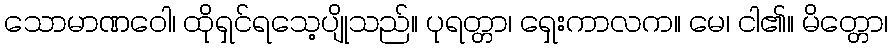
သောမာဏဝေါ၊ ထိုရှင်ရသေ့ပျိုသည်။ ပုရတ္တာ၊ ရှေးကာလက။ မေ၊ ငါ၏။ မိတ္တော၊